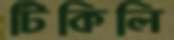
টিকিলি